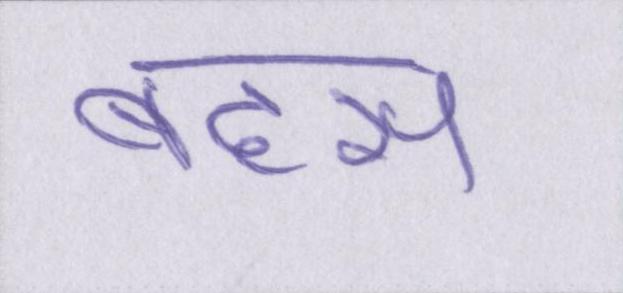
बहस